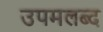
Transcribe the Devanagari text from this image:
उपमलब्द